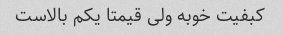
کبفیت خوبه ولی قیمتا یکم بالاست